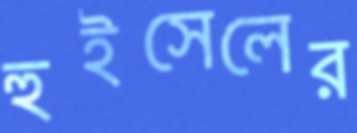
হুইসেলের